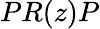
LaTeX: PR(z)P